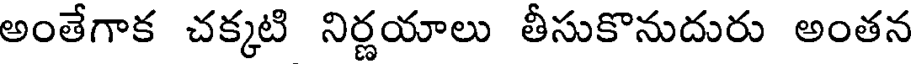
అంతేగాక చక్కటి నిర్ణయాలు తీసుకొనుదురు అంతన